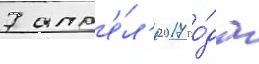
7 апр'е́л'я 2017 го́да